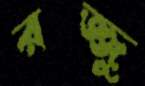
রজ্জু